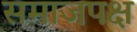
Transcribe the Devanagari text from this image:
समाजपक्ष